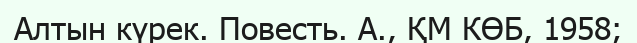
Алтын күрек. Повесть. А., ҚМ КӨБ, 1958;